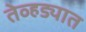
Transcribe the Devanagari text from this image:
तेव्हड्यात